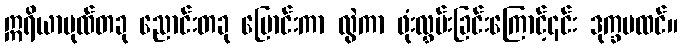
ဣရိယာပုထ်တခု ညောင်းတခု ပြောင်းကာ လွဲကာ ဖုံးလွှမ်းခြင်းကြောင့်၎င်း ဒုက္ခမထင်။